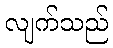
လျက်သည်